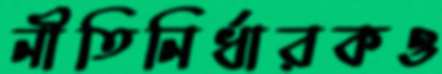
নীতিনির্ধারকও